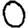
Digit: 0